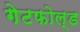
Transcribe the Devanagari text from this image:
गेटफोल्ड